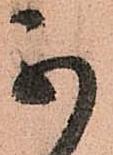
不